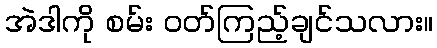
အဲဒါကို စမ်း ဝတ်ကြည့်ချင်သလား။